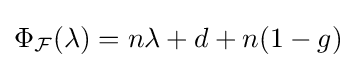
\Phi _{\mathcal {F}}(\lambda )=n\lambda +d+n(1-g)